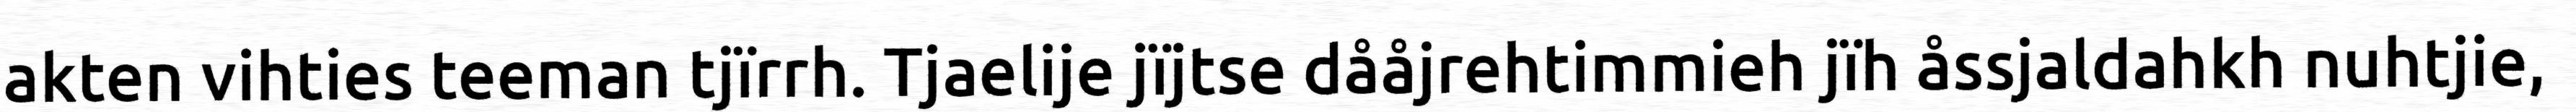
akten vihties teeman tjïrrh. Tjaelije jïjtse dååjrehtimmieh jïh åssjaldahkh nuhtjie,